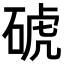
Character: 𥓚